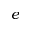
e